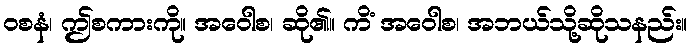
ဝစနံ၊ ဤစကားကို။ အဝေါစ၊ ဆို၏။ ကိံ အဝေါစ၊ အဘယ်သို့ဆိုသနည်း။